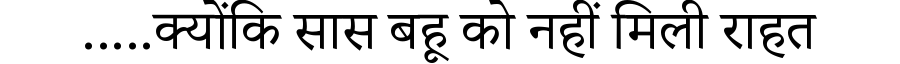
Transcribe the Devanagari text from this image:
.....क्योंकि सास बहू को नहीं मिली राहत